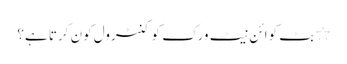
٭ بٹ کوائن نیٹ ورک کو کنٹرول کون کرتا ہے؟